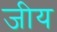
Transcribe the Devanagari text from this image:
जीय